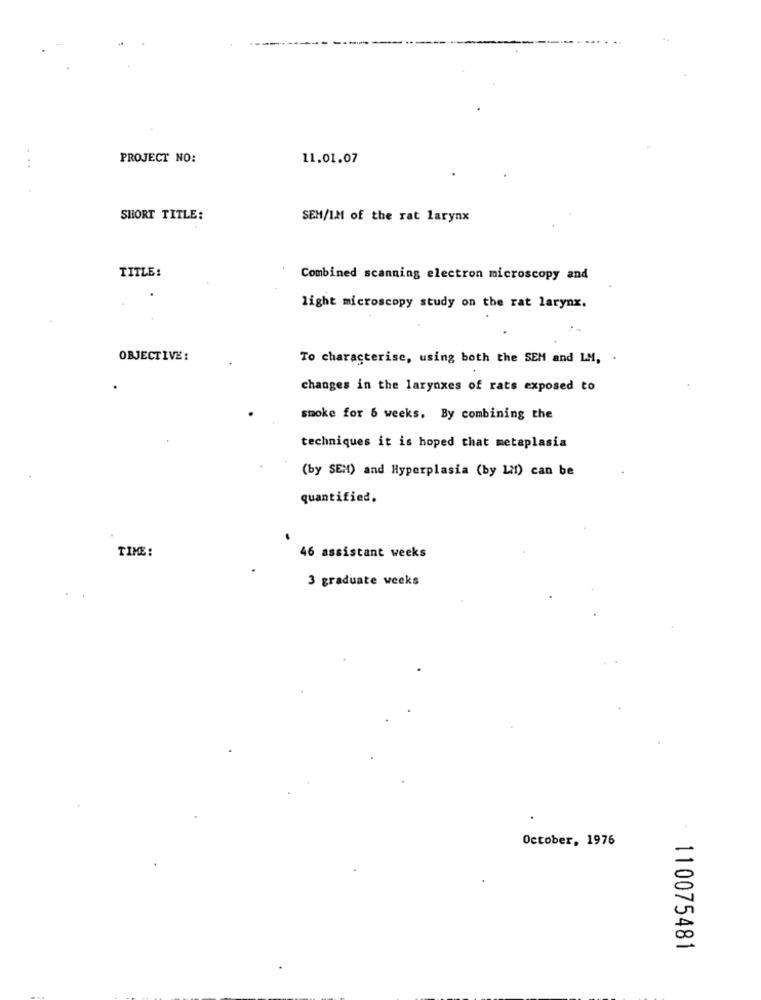
PROJECT NO:
11.01.07
...
SHORT TITLE:
SEM/IM of the rat larynx
TITLE:
Combined scanning electron microscopy and
light microscopy study on the rat larynx.
OBJECTIVE:
To characterise, using both the SEM and IM, .
changes in the larynxes of rats exposed to
smoke for 6 weeks. By combining the
techniques it is hoped that metaplasia
(by SEM) and Hyperplasia (by LMl) can be
quantified.
TIME :
46 assistant weeks
3 graduate weeks
October, 1976
110075481